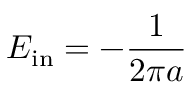
E _ { \mathrm { i n } } = - \frac { 1 } { 2 \pi a }